Source: Handwritten
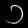
Digit: ၁ (1)